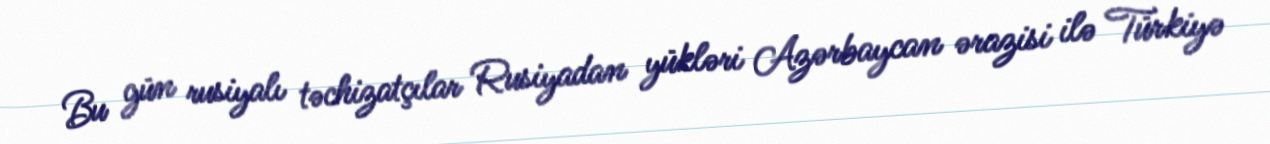
Bu gün rusiyalı təchizatçılar Rusiyadan yükləri Azərbaycan ərazisi ilə Türkiyə